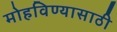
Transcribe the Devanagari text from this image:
मोहविण्यासाठी